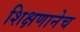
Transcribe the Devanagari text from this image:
शिक्षणानेच